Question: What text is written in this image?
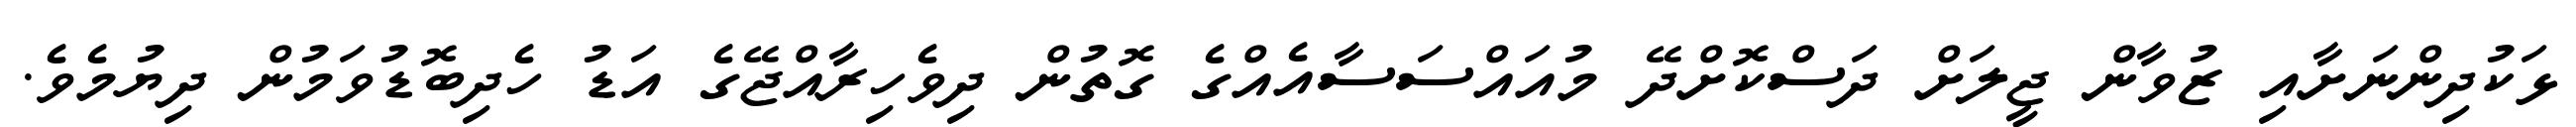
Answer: ޅަކުދިންނަށާއި ޒުވާން ޖީލަށް ދަސްކޮށްދޭ މުއައްސަސާއެއްގެ ގޮތުން ދިވެހިރާއްޖޭގެ އަޑު ހެދިބޮޑުވަމުން ދިޔުމެވެ.